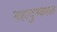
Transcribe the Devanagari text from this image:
महादुष्काळ